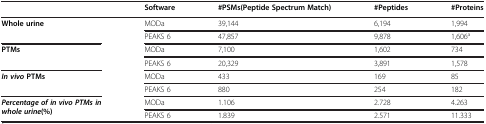
<table><thead><tr><td><b> </b></td><td><b>Software</b></td><td><b>#PSMs(Peptide Spectrum Match)</b></td><td><b>#Peptides</b></td><td><b>#Proteins</b></td></tr></thead><tbody><tr><td rowspan="2"><b>Whole urine</b></td><td>MODa</td><td>39,144</td><td>6,194</td><td>1,994</td></tr><tr><td>PEAKS 6</td><td>47,857</td><td>9,878</td><td>1,606<sup>a</sup></td></tr><tr><td rowspan="2"><b>PTMs</b></td><td>MODa</td><td>7,100</td><td>1,602</td><td>734</td></tr><tr><td>PEAKS 6</td><td>20,329</td><td>3,891</td><td>1,578</td></tr><tr><td rowspan="2"><b><i>In vivo </i></b><b>PTMs</b></td><td>MODa</td><td>433</td><td>169</td><td>85</td></tr><tr><td>PEAKS 6</td><td>880</td><td>254</td><td>182</td></tr><tr><td rowspan="2"><b><i>Percentage of in vivo PTMs in whole urine</i></b><b>(%)</b></td><td>MODa</td><td>1.106</td><td>2.728</td><td>4.263</td></tr><tr><td>PEAKS 6</td><td>1.839</td><td>2.571</td><td>11.333</td></tr></tbody></table>